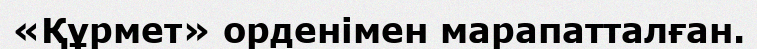
«Құрмет» орденімен марапатталған.